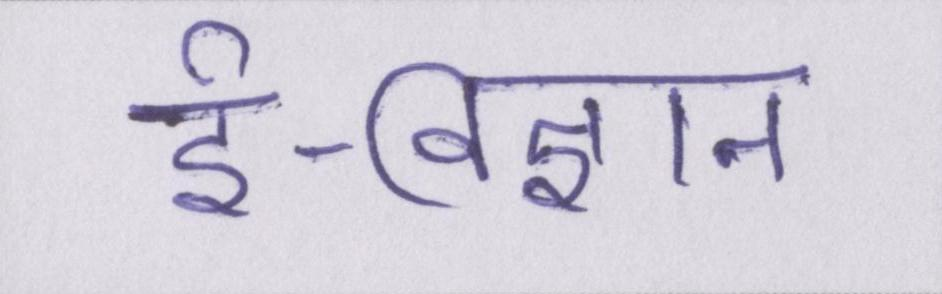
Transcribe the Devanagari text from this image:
ई-विज्ञान